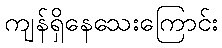
ကျန်ရှိနေသေးကြောင်း